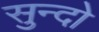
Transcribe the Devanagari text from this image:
सुन्दो